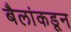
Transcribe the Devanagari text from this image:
बैलांकडून